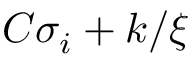
C \sigma _ { i } + k / \xi